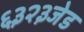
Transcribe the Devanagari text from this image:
६३२३जेड